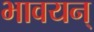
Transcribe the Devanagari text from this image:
भावयन्